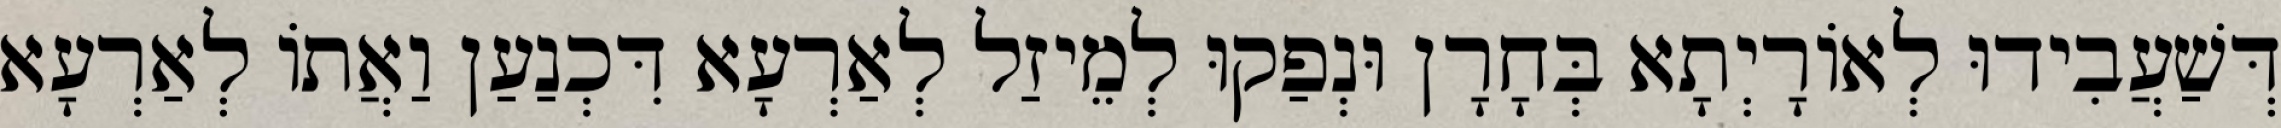
דְּשַׁעֲבִידוּ לְאוֹרָיְתָא בְּחָרָן וּנְפַקוּ לְמֵיזַל לְאַרְעָא דִּכְנַעַן וַאֲתוֹ לְאַרְעָא